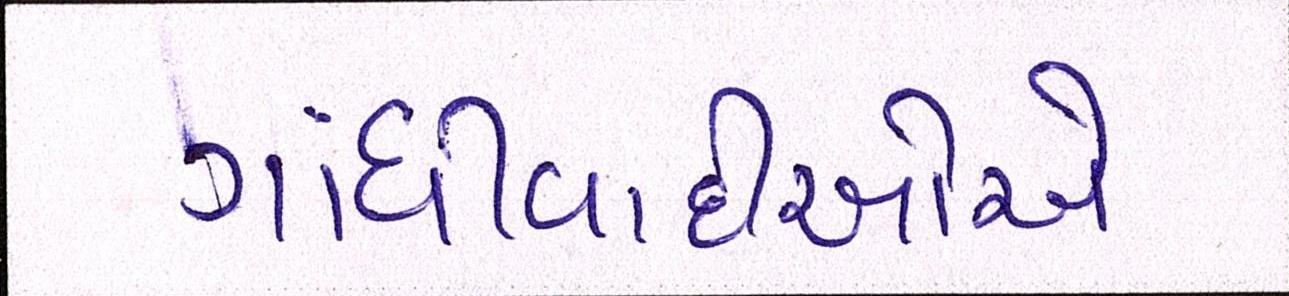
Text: ગાંધીવાદીઓએ